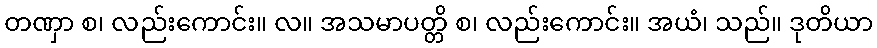
တဏှာ စ၊ လည်းကောင်း။ လ။ အသမာပတ္တိ စ၊ လည်းကောင်း။ အယံ၊ သည်။ ဒုတိယာ